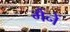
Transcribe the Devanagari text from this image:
मैंनें